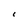
Character: C